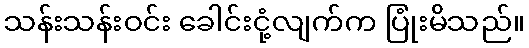
သန်းသန်းဝင်း ခေါင်းငုံ့လျက်က ပြုံးမိသည်။